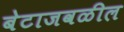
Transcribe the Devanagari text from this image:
बेटाजवळील